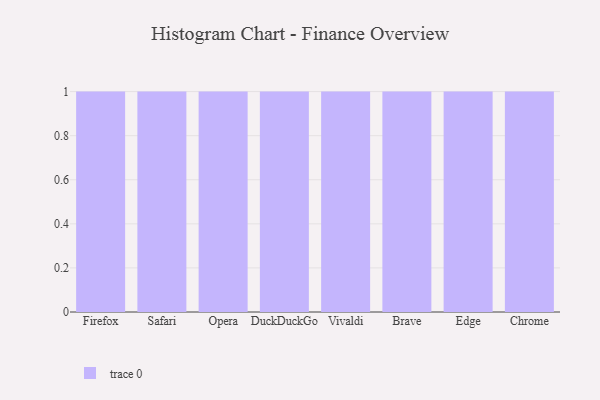
{"axis": {"x": "Browser", "y": "Humidity (%)"}, "legend": [""], "data": [{"x": "Firefox", "y": 31, "type": ""}, {"x": "Safari", "y": 89, "type": ""}, {"x": "Opera", "y": 79, "type": ""}, {"x": "DuckDuckGo", "y": 69, "type": ""}, {"x": "Vivaldi", "y": 66, "type": ""}, {"x": "Brave", "y": 32, "type": ""}, {"x": "Edge", "y": 70, "type": ""}, {"x": "Chrome", "y": 9, "type": ""}]}